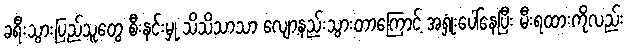
ခရီးသွားပြည်သူတွေ စီးနင်းမှု သိသိသာသာ လျော့နည်းသွားတာကြောင့် အရှုံးပေါ်နေပြီး မီးရထားကိုလည်း